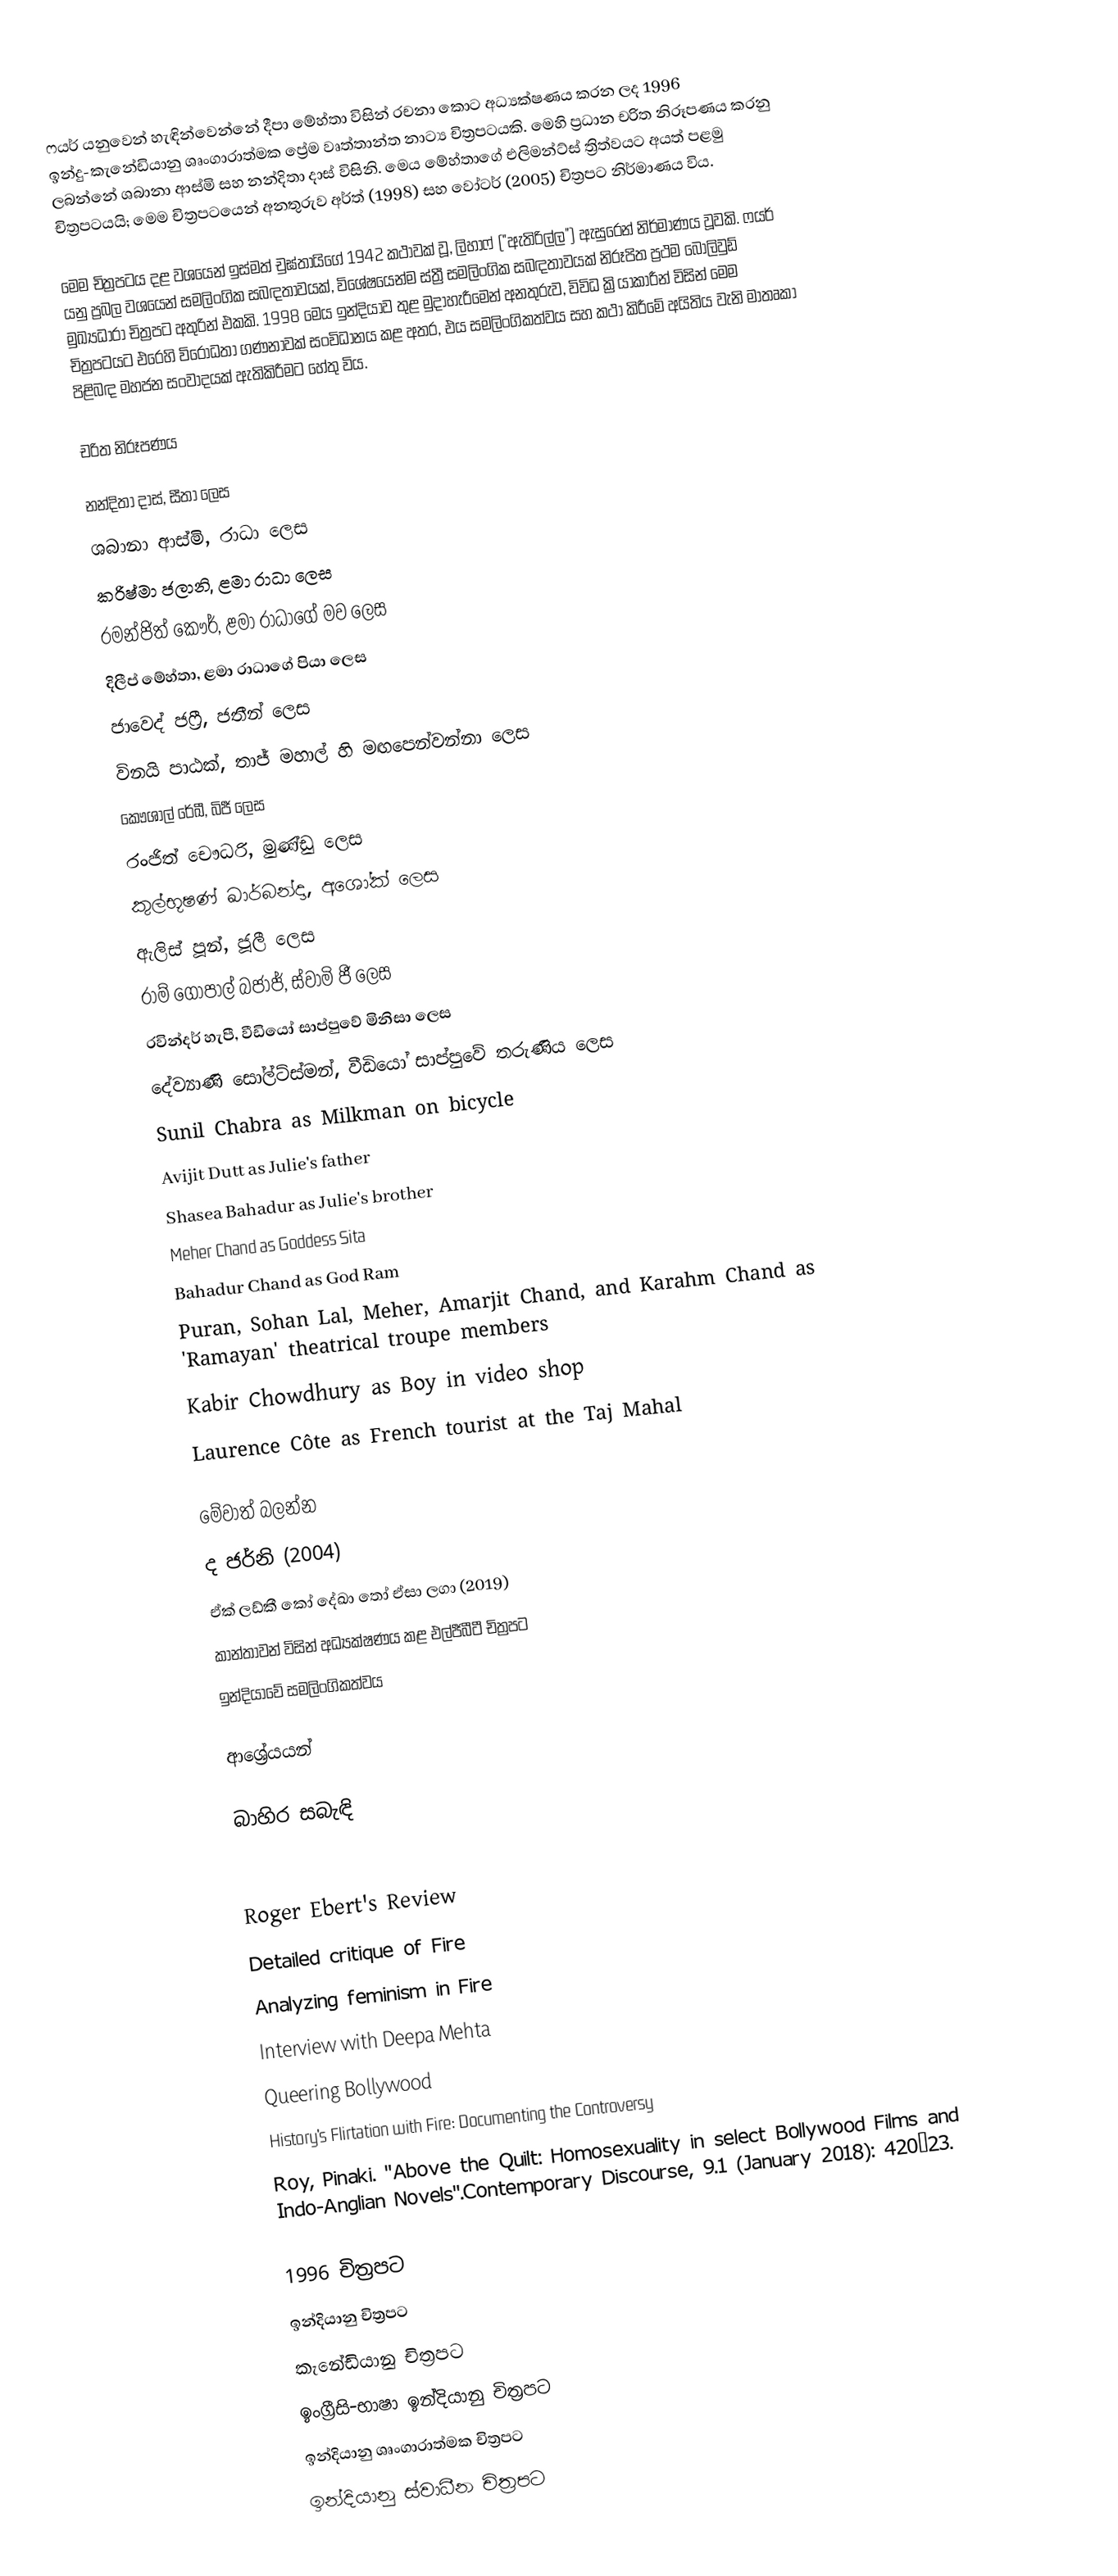
ෆයර් ‍යනුවෙන් හැඳින්වෙන්නේ දීපා මේහ්තා විසින් රචනා කොට අධ්‍යක්ෂණය කරන ලද 1996 ඉන්දු-කැනේඩියානු ශෘංගාරාත්මක ප්‍රේම වෘත්තාන්ත නාට්‍ය චිත්‍රපටයකි. මෙහි ප්‍රධාන චරිත නිරූපණය කරනු ලබන්නේ ශබානා ආස්මි සහ නන්දිතා දාස් විසිනි. මෙය මේහ්තාගේ එලිමන්ට්ස් ත්‍රිත්වයට අයත් පළමු චිත්‍රපටයයි; මෙම චිත්‍රපටයෙන් අනතුරුව අර්ත් (1998) සහ වෝටර් (2005) චිත්‍රපට නිර්මාණය විය.

මෙම චිත්‍රපටය දළ වශයෙන් ඉස්මත් චුඝ්තායිගේ 1942 කථාවක් වූ, ලිහාෆ් ("ඇතිරිල්ල") ඇසුරෙන් නිර්මාණය වූවකි. ෆයර් ‍යනු ප්‍රබල වශයෙන් සමලිංගික සබඳතාවයක්, විශේෂයෙන්ම ස්ත්‍රී සමලිංගික සබඳතාවයක් නිරූපිත ප්‍රථම බොලිවුඩ් මුඛ්‍යධාරා චිත්‍රපට අතුරින් එකකි. 1998 මෙය ඉන්දියාව තුළ මුදාහැරීමෙන් අනතුරුව, විවිධ ක්‍රියාකාරීන් විසින් මෙම චිත්‍රපටයට එරෙහි විරෝධතා ගණනාවක් සංවිධානය කළ අතර, එය සමලිංගිකත්වය සහ කථා කිරීමේ අයිතිය වැනි මාතෘකා පිළිබඳ මහජන සංවාදයක් ඇතිකිරීමට හේතු විය.

චරිත නිරූපණය

 නන්දිතා දාස්, සීතා ලෙස
 ශබානා ආස්මි, රාධා ලෙස
 කරිෂ්මා ජලානි, ළමා රාධා ලෙස
 රමන්ජිත් කෞර්, ළමා රාධාගේ මව ලෙස
 දිලීප් මේහ්තා, ළමා රාධාගේ පියා ලෙස
 ජාවෙද් ජෆ්‍රී, ජතීන් ලෙස
 විනයි පාඨක්, තාජ් මහාල් හි මඟපෙන්වන්නා ලෙස
 කෞශාල් රේඛී, බිජී ලෙස
 රංජිත් චෞධරි, මුණ්ඩු ලෙස
 කුල්භූෂණ් ඛාර්බන්දා, අශෝක් ලෙස
 ඇලිස් පූන්, ජූලී ලෙස
 රාම් ගෝපාල් බජාජ්, ස්වාමි ජී ලෙස
 රවින්දර් හැපී, වීඩියෝ සාප්පුවේ මිනිසා ලෙස
 දේව්‍යාණි සෝල්ට්ස්මන්, වීඩියෝ සාප්පුවේ තරුණිය ලෙස
 Sunil Chabra as Milkman on bicycle
 Avijit Dutt as Julie's father
 Shasea Bahadur as Julie's brother
 Meher Chand as Goddess Sita
 Bahadur Chand as God Ram
 Puran, Sohan Lal, Meher, Amarjit Chand, and Karahm Chand as 'Ramayan' theatrical troupe members
 Kabir Chowdhury as Boy in video shop
 Laurence Côte as French tourist at the Taj Mahal

මේවාත් බලන්න
 ද ජර්නි (2004)
 ඒක් ලඩ්කී කෝ දේඛා තෝ ඒසා ලගා (2019)
 කාන්තාවන් විසින් අධ්‍යක්ෂණය කළ එල්ජීබීටී චිත්‍රපට
 ඉන්දියාවේ සමලිංගිකත්වය

ආශ්‍රේයයන්

බාහිර සබැඳි

 Roger Ebert's Review
 Detailed critique of Fire
 Analyzing feminism in Fire
 Interview with Deepa Mehta
 Queering Bollywood
 History's Flirtation with Fire: Documenting the Controversy
 Roy, Pinaki. "Above the Quilt: Homosexuality in select Bollywood Films and Indo-Anglian Novels".Contemporary Discourse, 9.1 (January 2018): 420–23.

1996 චිත්‍රපට
ඉන්දියානු චිත්‍රපට
කැනේඩියානු චිත්‍රපට
ඉංග්‍රීසි-භාෂා ඉන්දියානු චිත්‍රපට
ඉන්දියානු ශෘංගාරාත්මක චිත්‍රපට
ඉන්දියානු ස්වාධීන චිත්‍රපට